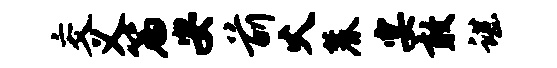
交义篇安前火麓宴敢谌